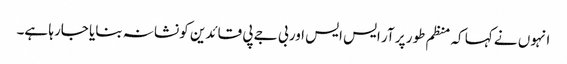
انہوں نے کہا کہ منظم طور پر آر ایس ایس اور بی جے پی قائدین کو نشانہ بنایا جارہا ہے۔